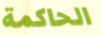
الحاكمة